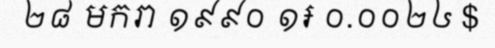
២៨ មករា ១៩៩០ ១៛ ០.០០២៤ $